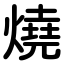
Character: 燒